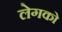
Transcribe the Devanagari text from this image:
लेगको